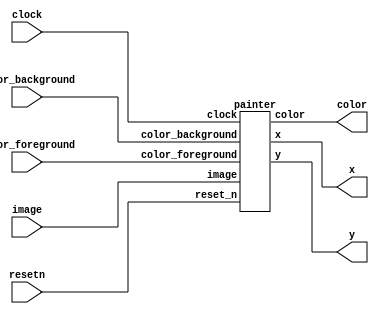
module imageprocessor(
	// Inputs
	clock,
	resetn,
	image,
	color_background,
	color_foreground,
	// Outputs
	x,
	y,
	color
);
	input			clock;
	input   		resetn;
	input  [19199:0] image;
	input [2:0] color_background;
	input [2:0] color_foreground;

	output	[7:0]	x;
	output	[6:0]	y;
	output	[2:0]	color;
	
	painter p(
		.reset_n(resetn),
		.clock(clock),
		.image(image),
		.color_background(color_background),
		.color_foreground(color_foreground),
		.x(x),
		.y(y),
		.color(color)
	);
endmodule

module painter(
	// Inputs
	reset_n,
	clock,
	image,
	color_background,
	color_foreground,
	// Outputs
	x,
	y,
	color
);
	input reset_n, clock;
	input [19199:0] image;
	input [2:0] color_background;
	input [2:0] color_foreground;
		
	output [7:0] x;
	output [6:0] y;
	output [2:0] color;
	reg [0:14] count;
	reg [0:2] color_out;

	always @(posedge clock) // creates curr coordinates for 4x4 from origin (x,y)
	begin
		if (count == 19199)
			count <= 0;
		else
			count <= count + 1'b1;
		
		if (image[19199 - count] == 1'b1)
			color_out <= color_foreground;
		else
			color_out <= color_background;
	end
	
	assign color = color_out;
	assign x = count % 160;
	assign y = 120 - (count / 160);
endmodule